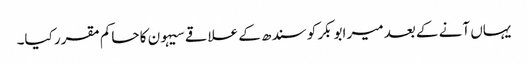
یہاں آنے کے بعد میر ابوبکر کو سندھ کے علاقے سیہون کا حاکم مقرر کیا۔